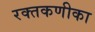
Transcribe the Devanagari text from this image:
रक्तकणीका